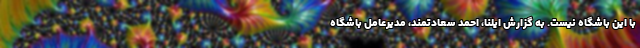
با این باشگاه نیست. به گزارش ایلنا، احمد سعادتمند، مدیرعامل باشگاه